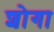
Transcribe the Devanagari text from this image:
शोगा